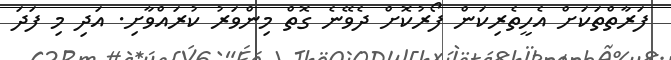
ފަރާތްތަކަށް އެހީތެރިކަން ފޯރުކޮށް ދެވޭނެ ގޮތް މިންވަރު ކުރައްވާށި. އަދި މި ފަދަ